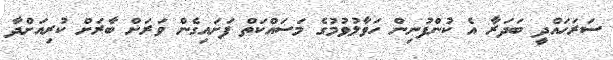
ސަރަހައްދީ ބަދަރާ އެ ކުންފުނިން ހަވާލުވުމުގެ މަސައްކަތް ފަށައިގެން ވަރަށް ބާރަށް ކުރިއަށްދާ